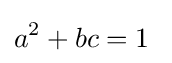
a^{2}+bc=1~